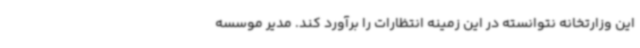
این وزارتخانه نتوانسته در این زمینه انتظارات را برآورد کند. مدیر موسسه